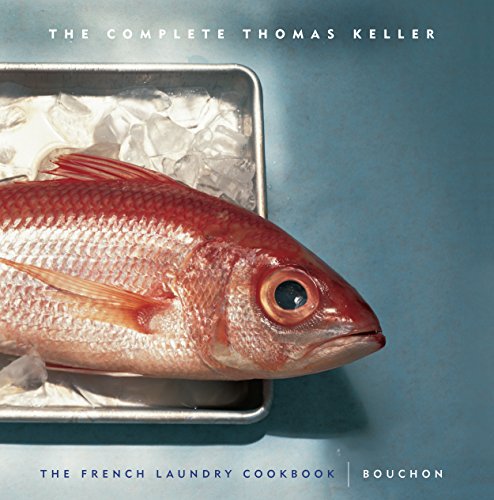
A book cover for The Complete Thomas Keller: The French Laundry Cookbook & Bouchon; Thomas Keller; Cookbooks, Food & Wine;